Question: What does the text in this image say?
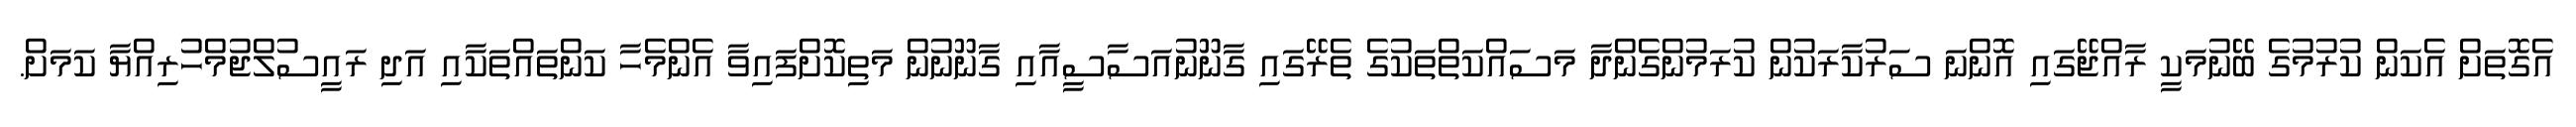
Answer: އެގޮތަށް އެކަން ކުރުމުގެ ބޭނުމަކީ ރާއްޖޭގައި އޮންނަ ސަރުކާރަކުން ކުރަމުންގެންދާ މަސައްކަތްތަކުގެ ތެރޭގައި ގާނޫނުއަސާސީއާއި ގާނޫނުން މަތިކޮށްފައިވާ އެންމެހާ ކަންތައްތަކާއި އަދި ރައީސުލްޖުމްހުރިއްޔާ ކަމަށް.